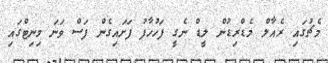
މެޗުގައި ރެއާލް މެޑްރިޑުން ލީޑް ނެގީ ފަހުހާފު ފަށައިގެން ފަސް ވަނަ މިނިޓްގައި